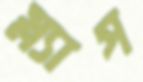
স্ল্যাপ